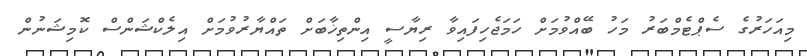
މިއަހަރުގެ ސެޕްޓެމްބަރު މަހު ބޭއްވުމަށް ހަމަޖެހިފައިވާ ރިޔާސީ އިންތިޚާބަށް ތައްޔާރުވުމަށް އިލެކްޝަންސް ކޮމިޝަނުން